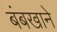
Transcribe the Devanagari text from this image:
बंबखाने